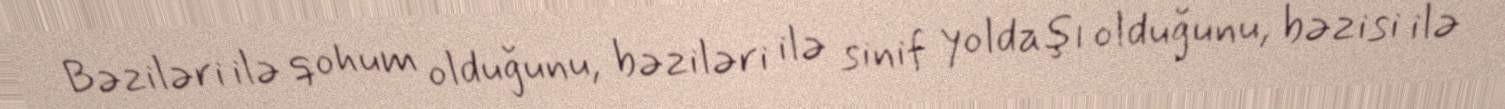
Bəziləri ilə qohum olduğunu, bəziləri ilə sinif yoldaşı olduğunu, bəzisi ilə